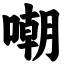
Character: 嘲